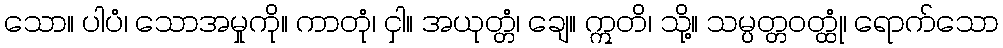
သော။ ပါပံ၊ သောအမှုကို။ ကာတုံ၊ ငှါ။ အယုတ္တံ၊ ချေ။ ဣတိ၊ သို့။ သမ္ပတ္တဝတ္ထုံ၊ ရောက်သော